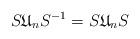
LaTeX: \begin{align*}S\mathfrak{U}_n S^{-1}=S\mathfrak{U}_n S\end{align*}